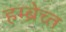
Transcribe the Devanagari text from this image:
हम्ब्रेच्त